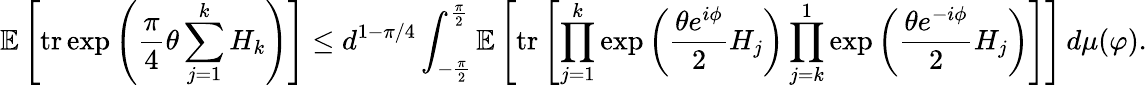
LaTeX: \mathbb{E}\left[\operatorname{tr}\exp\left(\frac{\pi}{4}\theta\sum_{j=1}^{k}H_{k}\right)\right]\leq d^{1-\pi/4}\int_{-\frac{\pi}{2}}^{\frac{\pi}{2}}\mathbb{E}\left[\operatorname{tr}\left[\prod_{j=1}^{k}\exp\left(\frac{\theta e^{i\phi}}{2}H_{j}\right)\prod_{j=k}^{1}\exp\left(\frac{\theta e^{-i\phi}}{2}H_{j}\right)\right]\right]\, d\mu(\varphi).